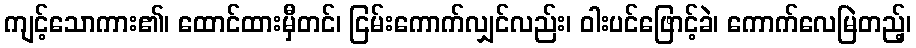
ကျင့်သောကား၏၊ ထောင်ထားမှီတင်၊ ငြမ်းကောက်လျှင်လည်း၊ ဝါးပင်ဖြောင့်ခဲ၊ ကောက်လေမြဲတည့်၊